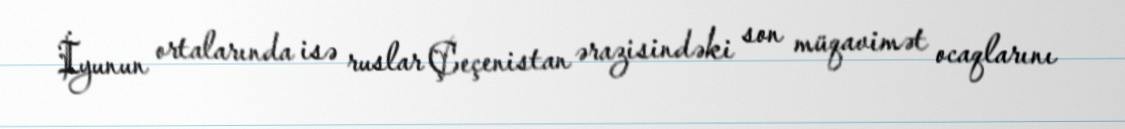
İyunun ortalarında isə ruslar Çeçenistan ərazisindəki son müqavimət ocaqlarını